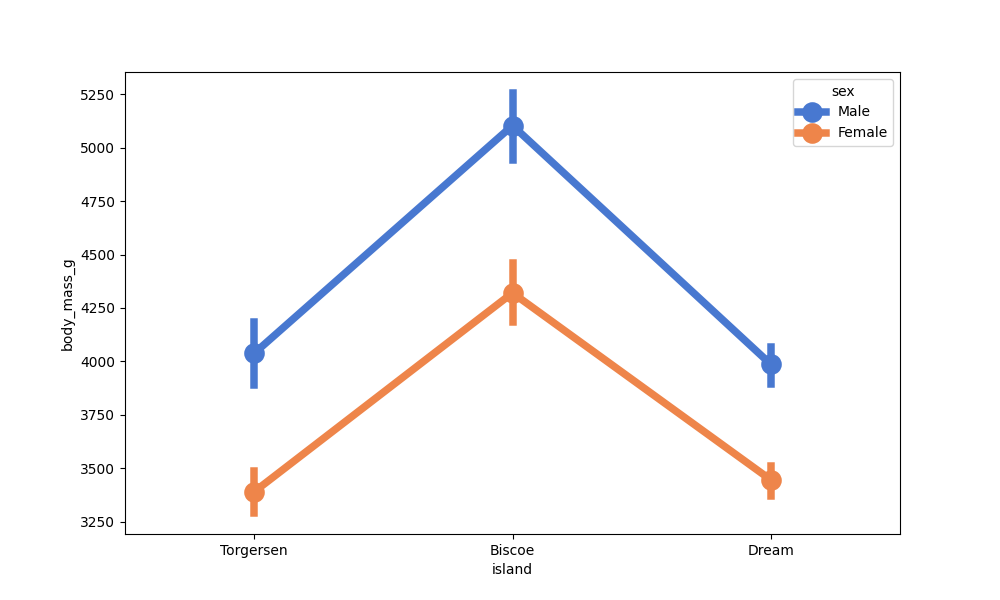
python, seaborn, pointplot, scale=2.0, join=True, hue='sex', palette='muted'